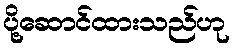
ပို့ဆောင်ထားသည်ဟု